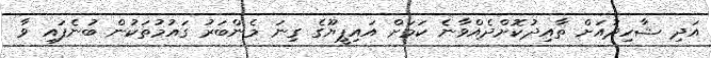
އަދި ޝާހިދުއަށް ތާއިދުކޮށްދެއްވާނެ ކަމަށް އައިޕީޔޫގެ ގިނަ މެންބަރު ގައުމުތަކުން ބުނެފައި ވާ